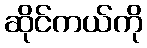
ဆိုင်ကယ်ကို